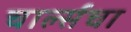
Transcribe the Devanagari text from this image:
चार्ल्सचा